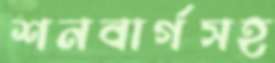
শনবার্গসহ